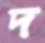
দ